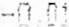
-0.01